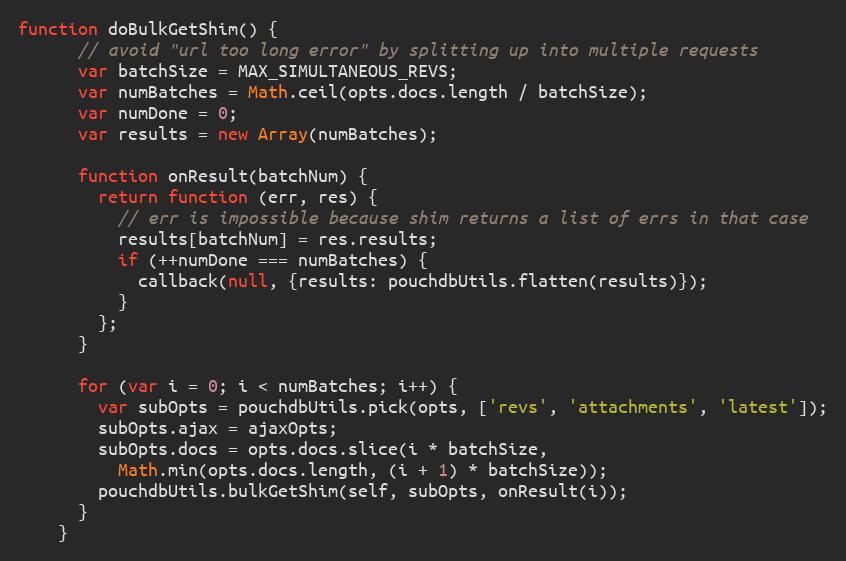
Language: JavaScript
function doBulkGetShim() {
      // avoid "url too long error" by splitting up into multiple requests
      var batchSize = MAX_SIMULTANEOUS_REVS;
      var numBatches = Math.ceil(opts.docs.length / batchSize);
      var numDone = 0;
      var results = new Array(numBatches);

      function onResult(batchNum) {
        return function (err, res) {
          // err is impossible because shim returns a list of errs in that case
          results[batchNum] = res.results;
          if (++numDone === numBatches) {
            callback(null, {results: pouchdbUtils.flatten(results)});
          }
        };
      }

      for (var i = 0; i < numBatches; i++) {
        var subOpts = pouchdbUtils.pick(opts, ['revs', 'attachments', 'latest']);
        subOpts.ajax = ajaxOpts;
        subOpts.docs = opts.docs.slice(i * batchSize,
          Math.min(opts.docs.length, (i + 1) * batchSize));
        pouchdbUtils.bulkGetShim(self, subOpts, onResult(i));
      }
    }